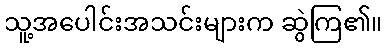
သူ့အပေါင်းအသင်းများက ဆွဲကြ၏။